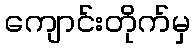
ကျောင်းတိုက်မှ